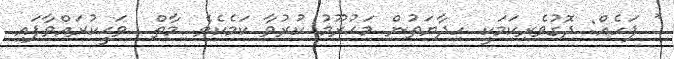
* ފަހެއް: ދޮގުވެރިކަމަކީ ހިދާޔަތުން މަޙުރޫމު ކުރުވާ ކަމެކެވެ. މާތް  ވަޙީކުރައްވާފައި